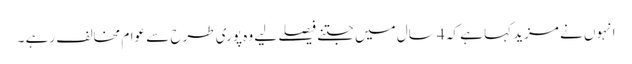
انہوں نے مزید کہا ہے کہ 4 سال میں جتنے فیصلے لیے وہ پوری طرح سے عوام مخالف رہے ۔